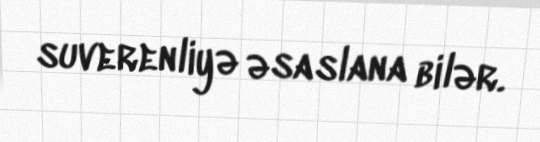
suverenliyə əsaslana bilər.